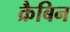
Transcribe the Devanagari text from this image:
क्रैबिन